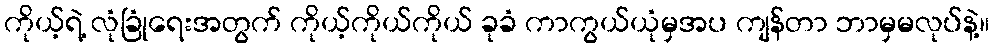
ကိုယ့်ရဲ့ လုံခြုံရေးအတွက် ကိုယ့်ကိုယ်ကိုယ် ခုခံ ကာကွယ်ယုံမှအပ ကျန်တာ ဘာမှမလုပ်နဲ့။